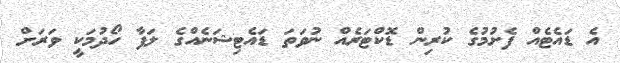
އެ ޑައެޓެއް ފެށުމުގެ ކުރިން ޑޮކްޓަރެއް ނުވަތަ ޑައެޓިޝަނެއްގެ ލަފާ ހޯދުމަކީ ވަރަށް